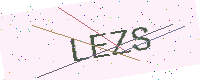
Text: LEZS